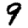
Digit: 9